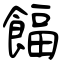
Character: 𩜰